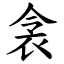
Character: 衾